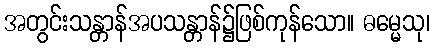
အတွင်းသန္တာန်အပသန္တာန်၌ဖြစ်ကုန်သော။ ဓမ္မေသု၊